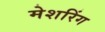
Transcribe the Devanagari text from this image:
मेशरिंग